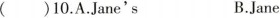
()10.A.Jane's B.Jane